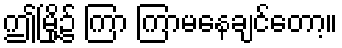
ဤမြို့၌ ကြာ ကြာမနေချင်တော့။